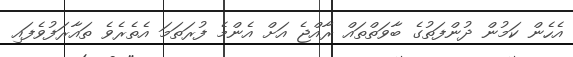
އެހެން ކަމުން ދުންފަތުގެ ބާވަތްތައް ރާއްޖެ އަށް އެންމެ ފުރަތަމަ އެތެރެވެ ތައާރަފުވެފައި